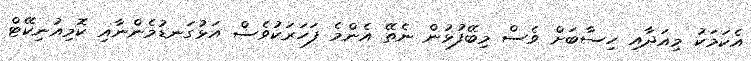
އެކަމަކު މިއަދާއި ހިސާބަށް ވެސް މިބޭފުޅުން ނެތޭ އެންމެ ފަހަރަކުވެސް އަޅުގަނޑުމެންނާއި ކޮމިއުނިކޭޓް